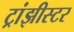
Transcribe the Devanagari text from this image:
ट्रांझीस्टर